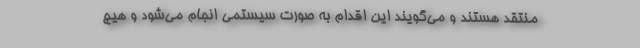
منتقد هستند و می‌گویند این اقدام به صورت سیستمی انجام می‌شود و هیچ